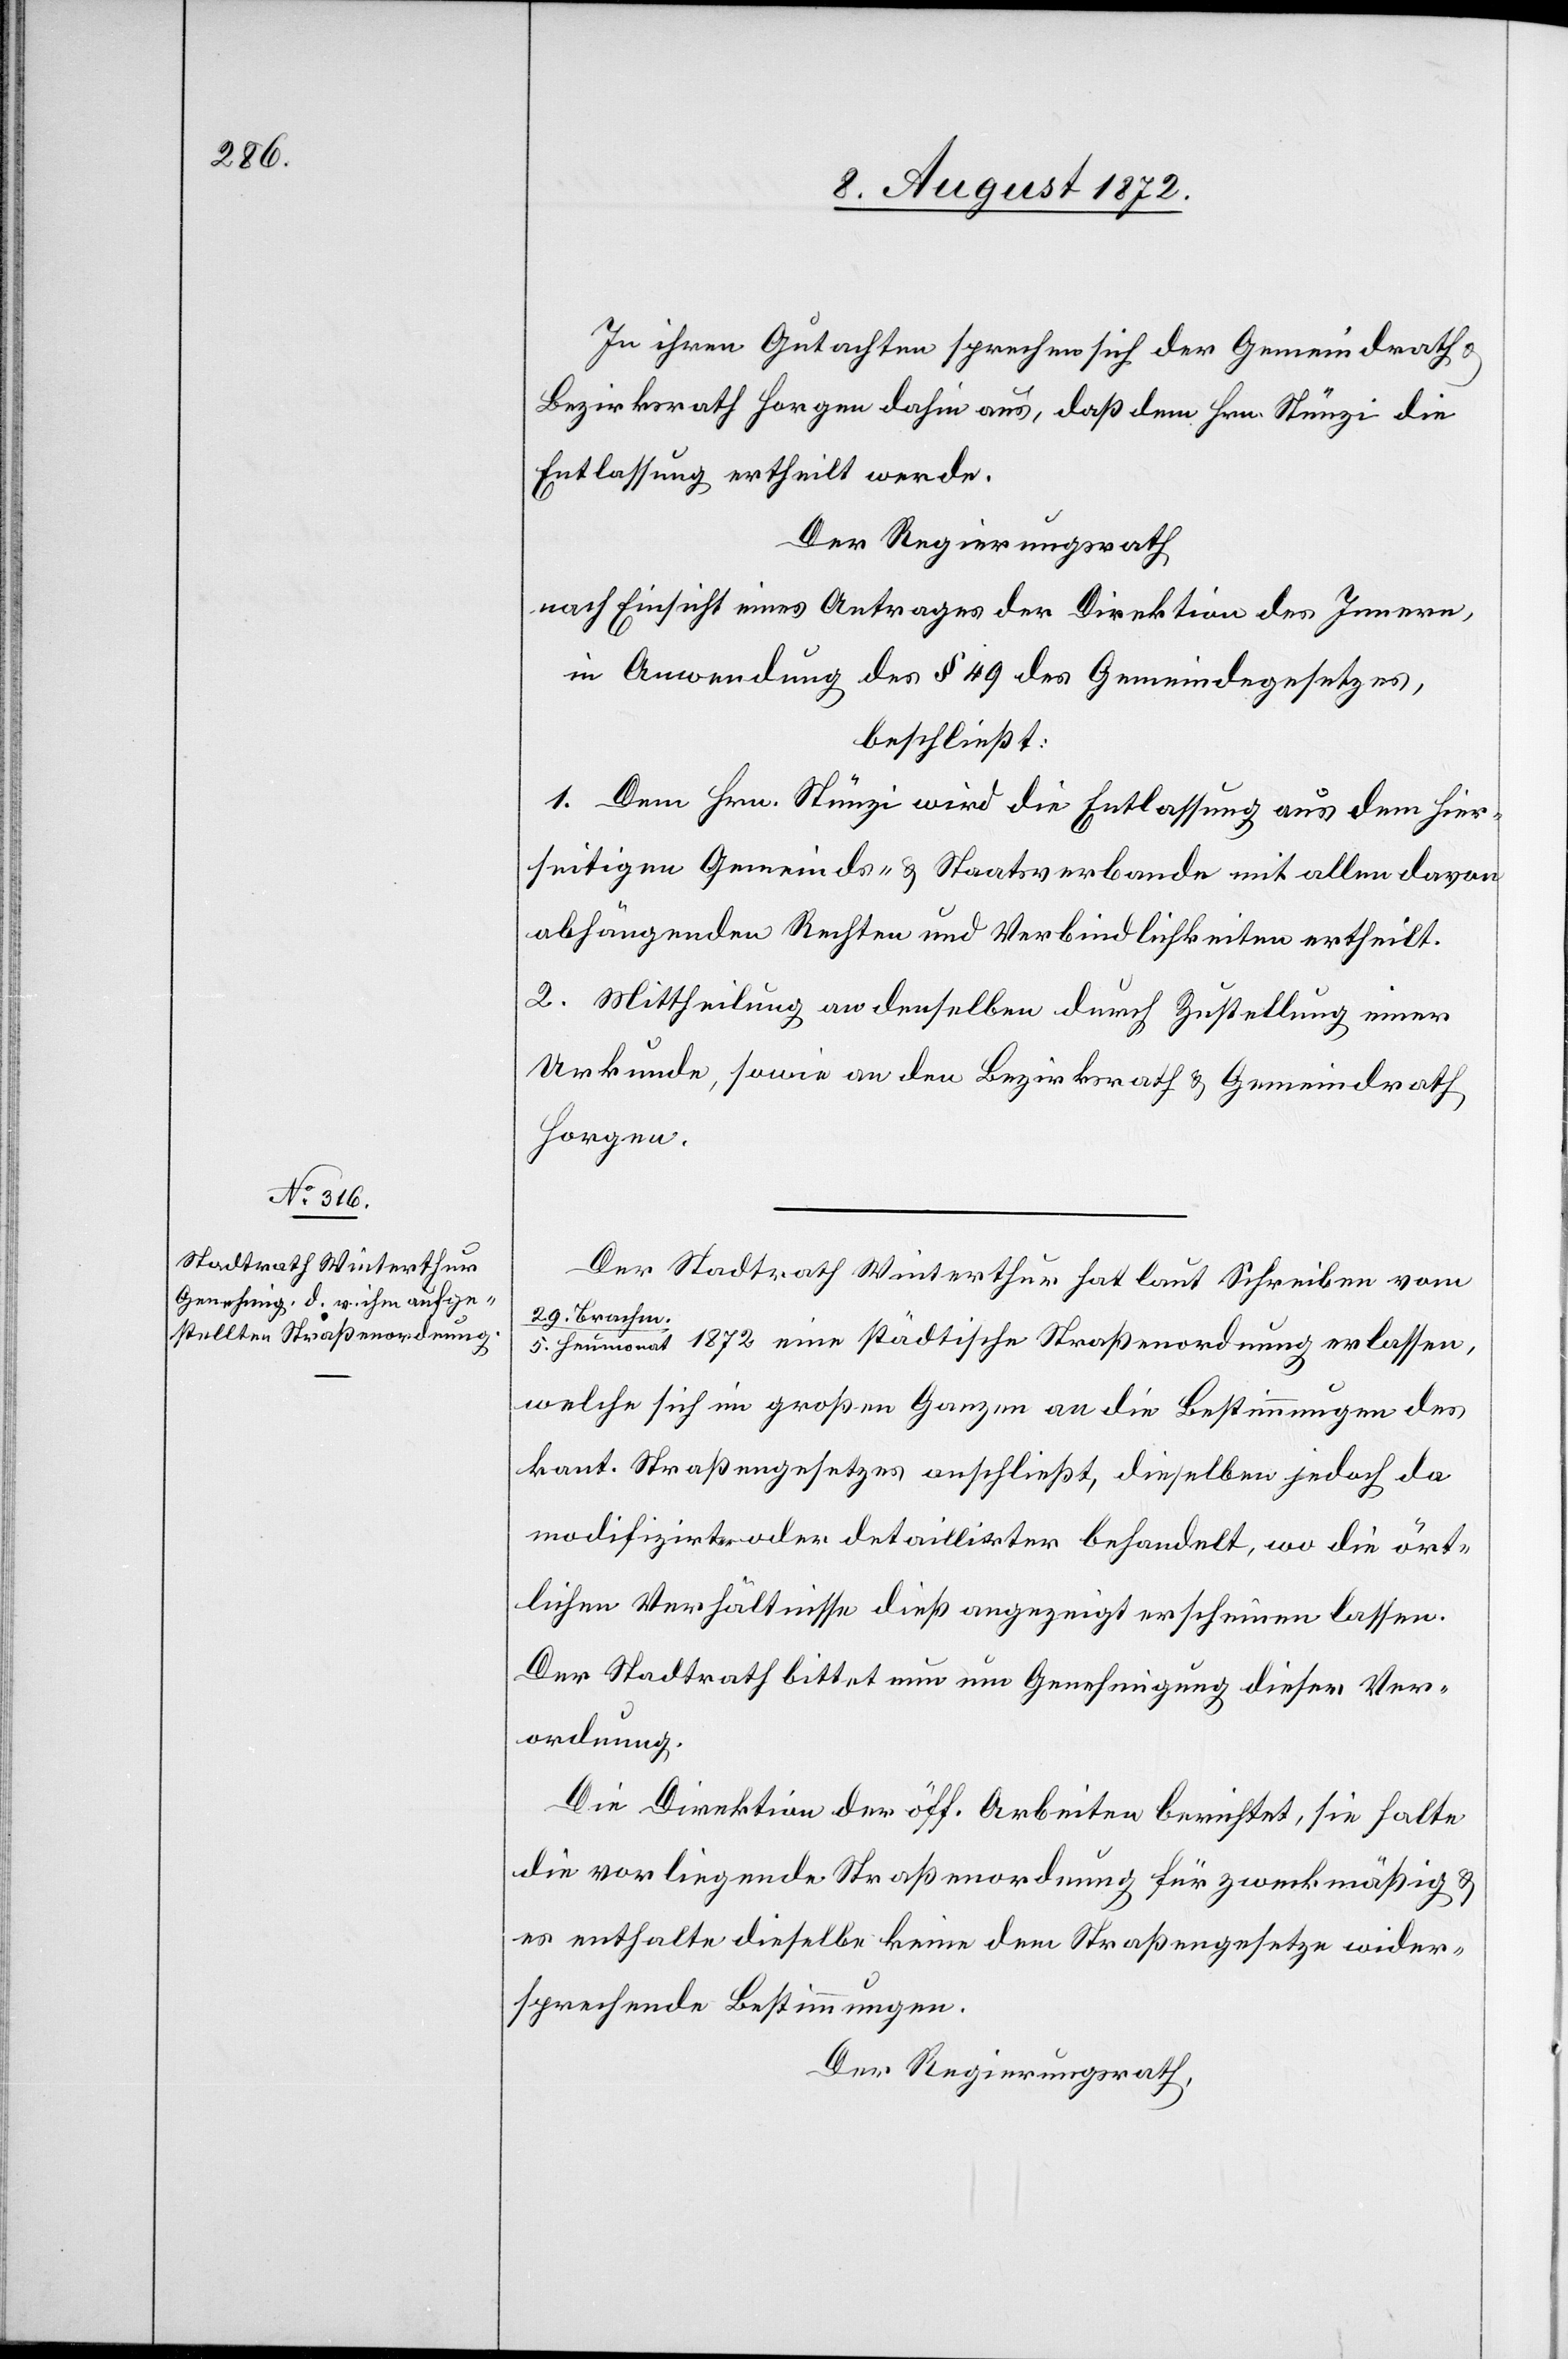
In ihren Gutachten sprechen sich der Gemeindrath
Bezirksrath Horgen dahin aus, daß dem Hrn. Stünzi die
Entlassung ertheilt werde.
Der Regierungsrath
nach Einsicht eines Antrages der Direktion des Innern,
in Anwendung des § 49 des Gemeindegesetzes,
beschließt:
1. Dem Hrn. Stünzi wird die Entlassung aus dem hier¬
seitigen Gemeinds- u. Staatsverbande mit allen davon
abhängenden Rechten und Verbindlichkeiten ertheilt.
2. Mittheilung an denselben durch Zustellung einer
Urkunde, sowie an den Bezirksrath u. Gemeindrath
Horgen.
Der Stadtrath Winterthur hat laut Schreiben vom
29. Brach¬
m./5. Heumonat 1872 eine städtische Straßenordnung erlassen,
welche sich im großen Ganzen an die Bestimmungen des
kant. Straßengesetzes anschließt, dieselben jedoch da
modifizirte oder detaillirter behandelt, wo die ört¬
lichen Verhältnisse dieß angezeigt erscheinen lassen.
Der Stadtrath bittet nun um Genehmigung dieser Ver¬
ordnung.
Die Direktion der öff. Arbeiten berichtet, sie halte
die vorliegende Straßenordnung für zweckmäßig u.
es enthalte dieselbe keine dem Straßengesetze wider¬
sprechende Bestimmungen.
Der Regierungsrath,